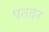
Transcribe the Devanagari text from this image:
पतवर